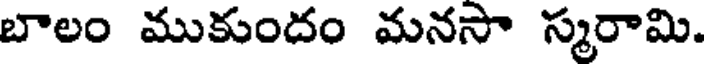
బాలం ముకుందం మనసా స్మరామి.